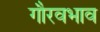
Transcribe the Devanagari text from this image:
गौरवभाव